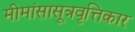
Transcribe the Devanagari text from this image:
मीमांसासूत्रवृत्तिकार